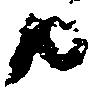
共